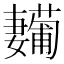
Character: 𱙳